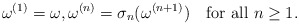
\begin{align*}\omega^{(1)}=\omega,\omega^{(n)}=\sigma_{n}(\omega^{(n+1)})\quad\mbox{for all } n \geq 1.\end{align*}